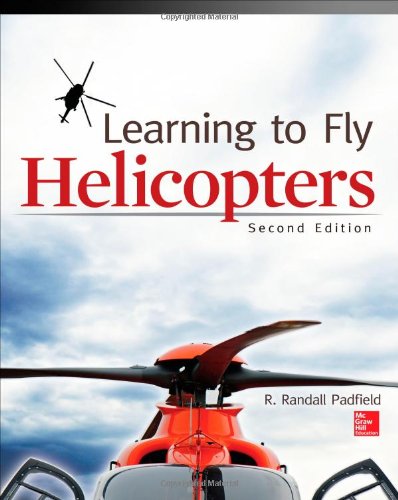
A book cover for Learning to Fly Helicopters, Second Edition; R. Padfield; Engineering & Transportation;